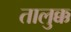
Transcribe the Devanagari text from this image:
तालुक्क